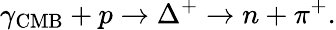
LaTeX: \gamma_{\mathrm{CMB}}+p\to\Delta^{+}\to n+\pi^{+}.